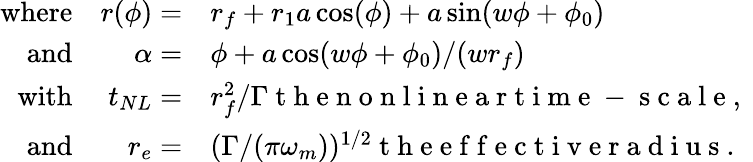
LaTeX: \begin{array}{rrl}{\mathrm{where}}&{r(\phi)=}&{r_{f}+r_{1}a\cos(\phi)+a\sin(w\phi+\phi_{0})}\\ {\mathrm{and}}&{\alpha=}&{\phi+a\cos(w\phi+\phi_{0})/(wr_{f})}\\ {\mathrm{with}}&{t_{NL}=}&{r_{f}^{2}/\Gamma\mathrm{~t~h~e~n~o~n~l~i~n~e~a~r~t~i~m~e~-~s~c~a~l~e~,~}}\\ {\mathrm{and}}&{r_{e}=}&{(\Gamma/(\pi\omega_{m}))^{1/2}\mathrm{~t~h~e~e~f~f~e~c~t~i~v~e~r~a~d~i~u~s~.~}}\end{array}